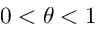
0 < \theta < 1